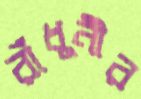
রাঁধুনীর